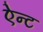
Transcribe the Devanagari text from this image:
ऐन्ट